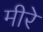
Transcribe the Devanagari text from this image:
मीरे